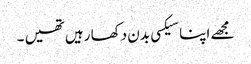
مجھے اپنا سیکسی بدن دکھا رہیں تھیں ۔